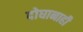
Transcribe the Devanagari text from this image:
दोघानाही